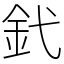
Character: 釴